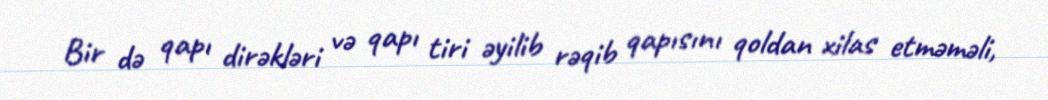
Bir də qapı dirəkləri və qapı tiri əyilib rəqib qapısını qoldan xilas etməməli,